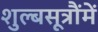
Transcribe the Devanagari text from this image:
शुल्बसूत्रौंमें